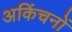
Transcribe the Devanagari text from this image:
अकिंचनों